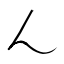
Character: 𬼂